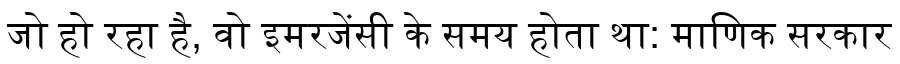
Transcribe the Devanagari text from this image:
जो हो रहा है, वो इमरजेंसी के समय होता था: माणिक सरकार